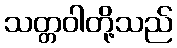
သတ္တဝါတို့သည်